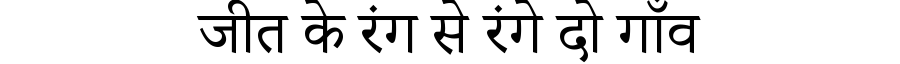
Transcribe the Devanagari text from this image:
जीत के रंग से रंगे दो गाँव